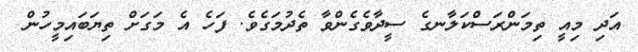
އަދި މިއީ ތިމަންރަސްކަލާނގެ ސީދާވެގެންވާ ތެދުމަގެވެ. ފަހެ އެ މަގަށް ތިޔަބައިމީހުން